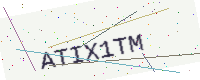
Text: ATIX1TM